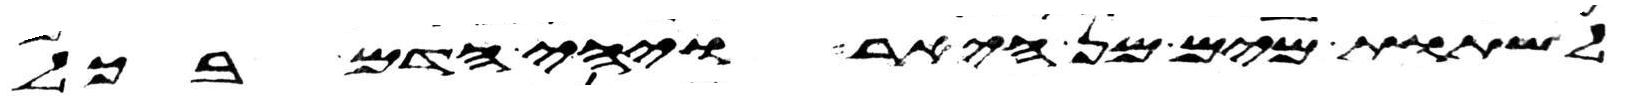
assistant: לשתות מים מן היאר ויהי הדם בכל